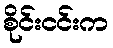
စိုင်းငင်းက